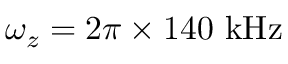
\omega _ { z } = 2 \pi \times 1 4 0 ~ \mathrm { { k H z } }